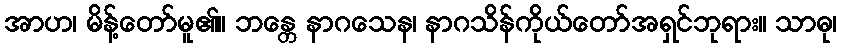
အာဟ၊ မိန့်တော်မူ၏။ ဘန္တေ နာဂသေန၊ နာဂသိန်ကိုယ်တော်အရှင်ဘုရား။ သာဓု၊